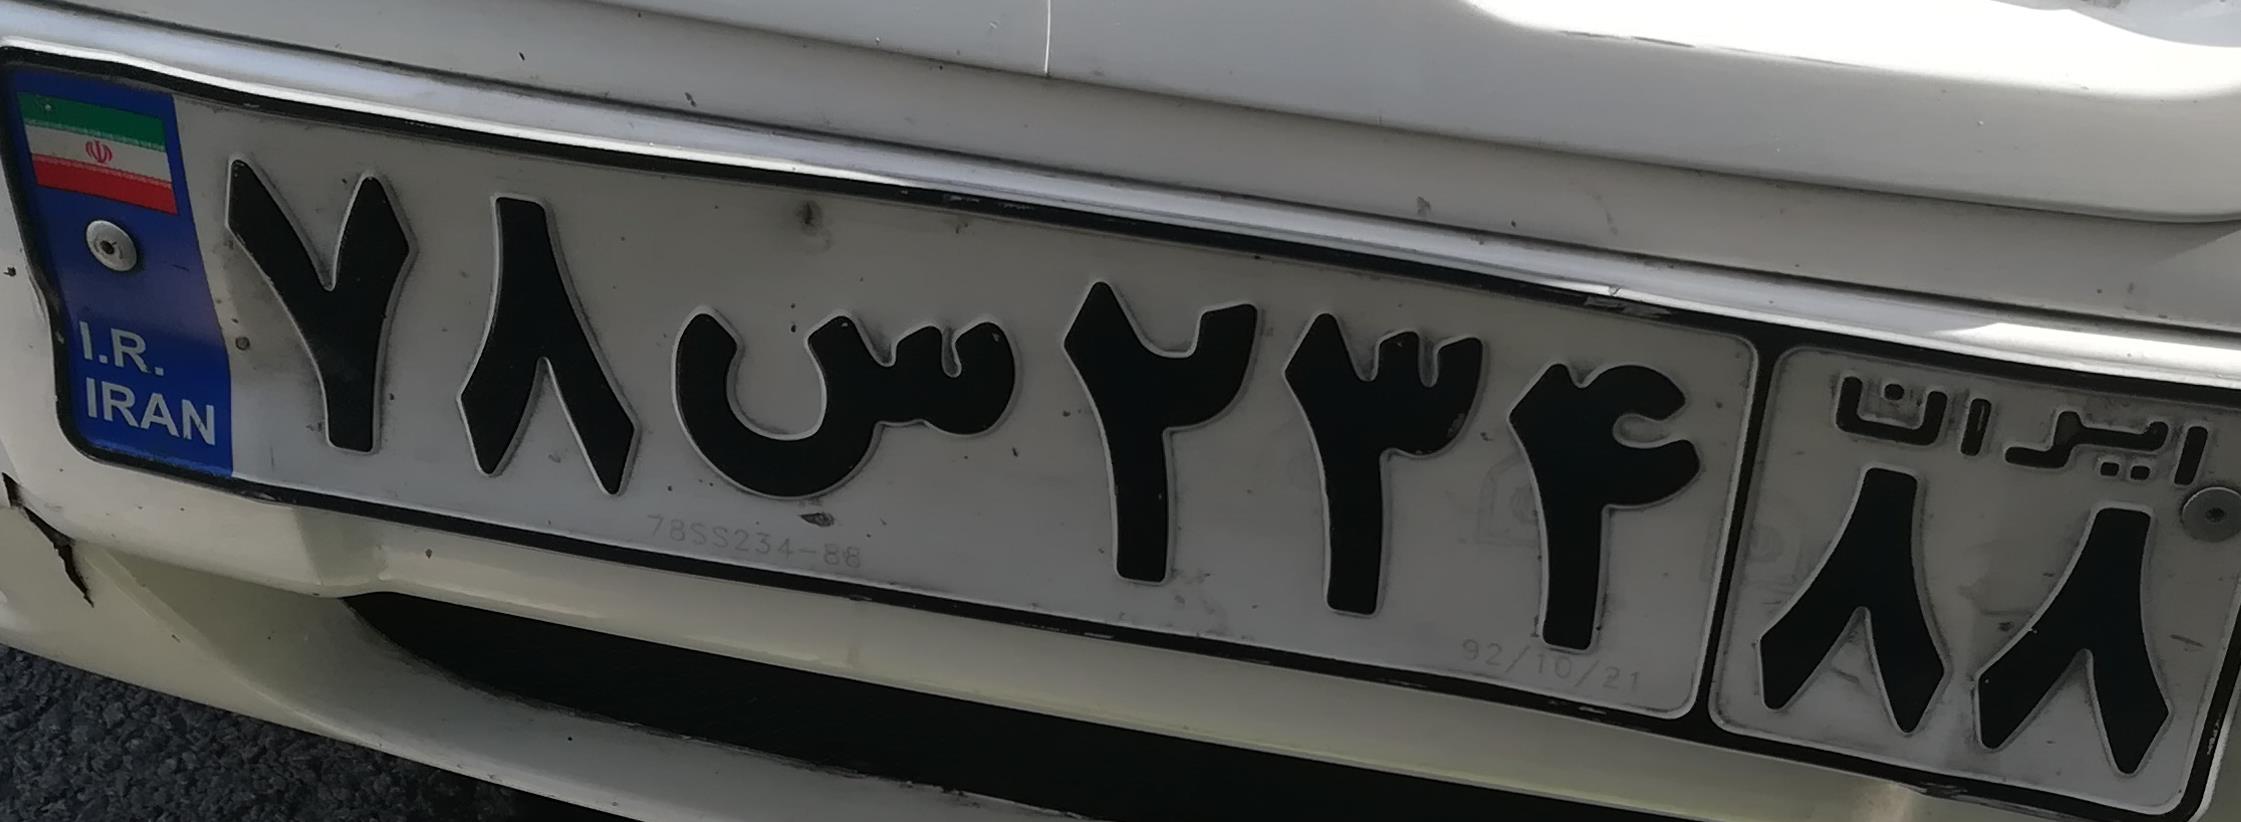
۷۸س۲۳۴۸۸